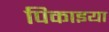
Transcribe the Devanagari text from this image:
पिकाइया